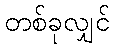
တစ်ခုလျှင်